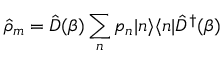
\hat { \rho } _ { m } = \hat { D } ( \beta ) \sum _ { n } p _ { n } | n \rangle \langle n | \hat { D } ^ { \dagger } ( \beta )